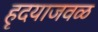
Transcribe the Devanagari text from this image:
हृदयाजवळ